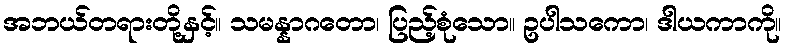
အဘယ်တရားတို့နှင့်။ သမန္နာဂတော၊ ပြည့်စုံသော။ ဥပါသကော၊ ဒါယကာကို။